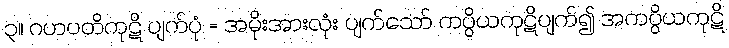
၃။ ဂဟပတိကုဋိ ပျက်ပုံ = အမိုးအားလုံး ပျက်သော် ကပ္ပိယကုဋိပျက်၍ အကပ္ပိယကုဋိ